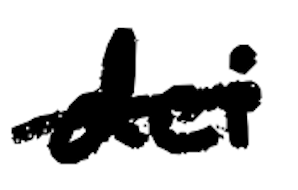
Text: dei
Cross-out: single-line
Writing tool: digital_black